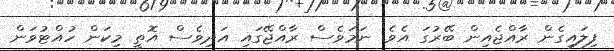
ފިލައިގެން ރާއްޖެއިން ބޭރުގަ އެވެ. ނަމަވެސް ރާއްޖޭގައި އަދިވެސް އޮތީ މިކަން ހުއްޓުވަން